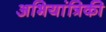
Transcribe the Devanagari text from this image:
अभियांत्रिकी